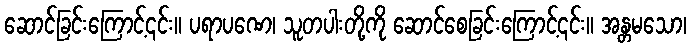
ဆောင်ခြင်းကြောင့်၎င်း။ ပရာပဏေ၊ သူတပါးတို့ကို ဆောင်စေခြင်းကြောင့်၎င်း။ အန္တမသော၊